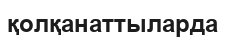
қолқанаттыларда